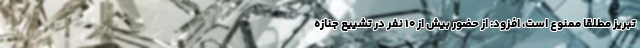
تبریز مطلقا ممنوع است، افزود: از حضور بیش از ۱۰ نفر در تشییع جنازه